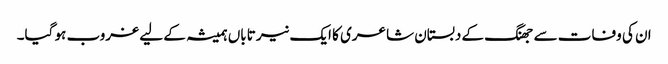
ان کی وفات سے جھنگ کے دبستان شاعری کا ایک نیر تاباں ہمیشہ کے لیے غروب ہو گیا۔